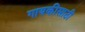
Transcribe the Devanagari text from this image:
गायकीसाठी